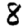
Digit: 8